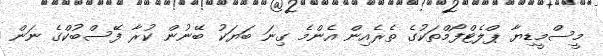
މީސްމީޑިޔާ ޕްލެޓްފޯމްތަކުގެ ތެރެއިން އެންމެ ގިނަ ބަޔަކު ބޭނުން ކުރާ ފޭސްބުކްގެ ނަން